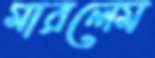
মারলেম